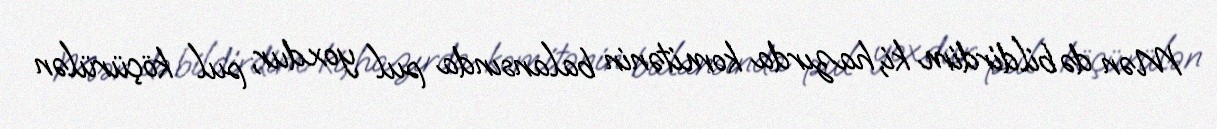
Mən də bildirdim ki, hazırda komitənin balansında pul yoxdur, pul köçürülən